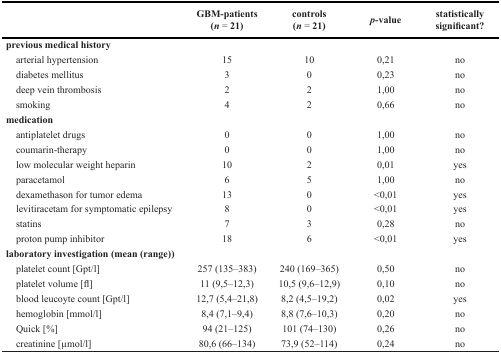
|  | GBM-patients (n = 21) | controls (n = 21) | p-value | statistically significant? |
 | --- | --- | --- | --- | --- |
 | previous medical history |  |  |  |  |
 | arterial hypertension | 15 | 10 | 0,21 | no |
 | diabetes mellitus | 3 | 0 | 0,23 | no |
 | deep vein thrombosis | 2 | 2 | 1,00 | no |
 | smoking | 4 | 2 | 0,66 | no |
 | medication |  |  |  |  |
 | antiplatelet drugs | 0 | 0 | 1,00 | no |
 | coumarin-therapy | 0 | 0 | 1,00 | no |
 | low molecular weight heparin | 10 | 2 | 0,01 | yes |
 | paracetamol | 6 | 5 | 1,00 | no |
 | dexamethason for tumor edema | 13 | 0 | <0,01 | yes |
 | levitiracetam for symptomatic epilepsy | 8 | 0 | <0,01 | yes |
 | statins | 7 | 3 | 0,28 | no |
 | proton pump inhibitor | 18 | 6 | <0,01 | yes |
 | laboratory investigation (mean (range)) |  |  |  |  |
 | platelet count [Gpt/l] | 257 (135–383) | 240 (169–365) | 0,50 | no |
 | platelet volume [fl] | 11 (9,5–12,3) | 10,5 (9,6–12,9) | 0,10 | no |
 | blood leucoyte count [Gpt/l] | 12,7 (5,4–21,8) | 8,2 (4,5–19,2) | 0,02 | yes |
 | hemoglobin [mmol/l] | 8,4 (7,1–9,4) | 8,8 (7,6–10,3) | 0,20 | no |
 | Quick [%] | 94 (21–125) | 101 (74–130) | 0,26 | no |
 | creatinine [μmol/l] | 80,6 (66–134) | 73,9 (52–114) | 0,24 | no |